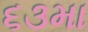
૬૩મા